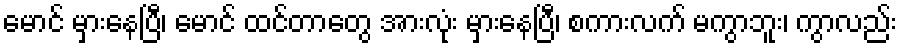
မောင် မှားနေပြီ၊ မောင် ထင်တာတွေ အားလုံး မှားနေပြီ၊ စကားလက် မကွာဘူး၊ ကွာလည်း